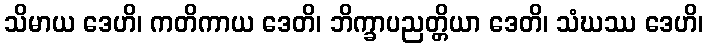
သိမာယ ဒေဟိ၊ ကတိကာယ ဒေတိ၊ ဘိက္ခာပညတ္တိယာ ဒေတိ၊ သံဃဿ ဒေဟိ၊